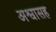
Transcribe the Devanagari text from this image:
अश्वासह